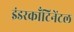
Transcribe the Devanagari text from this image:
इंडरकाँटिनेंटल